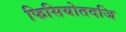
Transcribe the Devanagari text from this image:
फिसियोतदजि